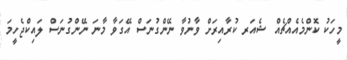
މީހަކު ކޮންމެއެއްޗެއް ޝެއަރ ކުރާއިރަށް ވާނުވާ ނޭންގުނަސް އޭގަވާ މާނަ ނޭންގުނަސް ލައިކްޖެހީމަ